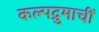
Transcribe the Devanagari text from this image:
कल्पद्रुमाचीं